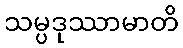
သမ္ပဒုဿာမာတိ